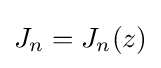
J_{n}=J_{n}(z)